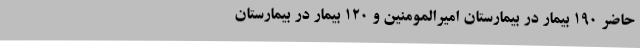
حاضر 190 بیمار در بیمارستان امیرالمومنین و 120 بیمار در بیمارستان